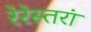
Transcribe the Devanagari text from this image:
रेरेस्तरां